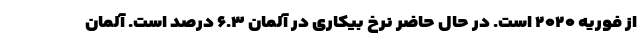
از فوریه ۲۰۲۰ است. در حال حاضر نرخ بیکاری در آلمان ۶.۳ درصد است. آلمان